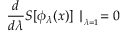
\frac { d } { d \lambda } S [ \phi _ { \lambda } ( x ) ] \mid _ { _ { \lambda = 1 } } = 0